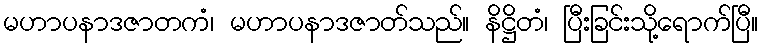
မဟာပနာဒဇာတကံ၊ မဟာပနာဒဇာတ်သည်။ နိဋ္ဌိတံ၊ ပြီးခြင်းသို့ရောက်ပြီ။